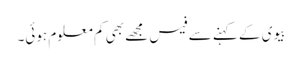
بیوی کے کہنے سے فیس مجھے بھی کم معلوم ہوئی۔